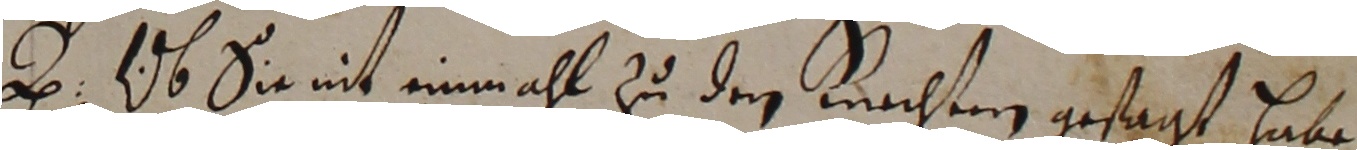
u. Ob su eit eine ihh zu den lnchten gestagt hae